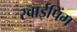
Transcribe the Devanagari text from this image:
स्वाईपिंग